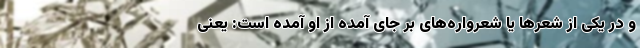
و در یکی از شعرها یا شعرواره‌های بر جای آمده از او آمده است: یعنی